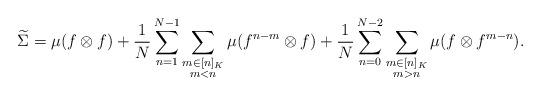
LaTeX: \begin{align*}\widetilde\Sigma & = \mu(f \otimes f) + \frac{1}{N} \sum_{n=1}^{N-1} \sum_{\substack{m \in [n]_K \\ m < n }} \mu(f^{n-m} \otimes f) + \frac{1}{N} \sum_{n=0}^{N-2} \sum_{\substack{m \in [n]_K \\ m > n }} \mu(f \otimes f^{m-n}).\end{align*}